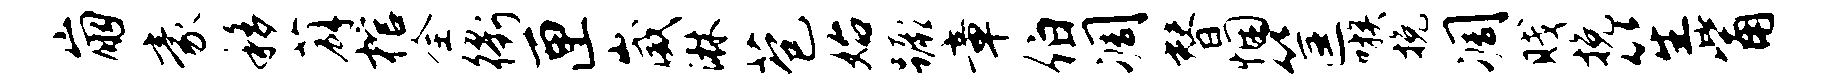
崩豪移薜棺全衢匣崴淋苞始蹶章伯凋替悃筐嗾挽凋贱挽笙觜